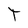
Character: T